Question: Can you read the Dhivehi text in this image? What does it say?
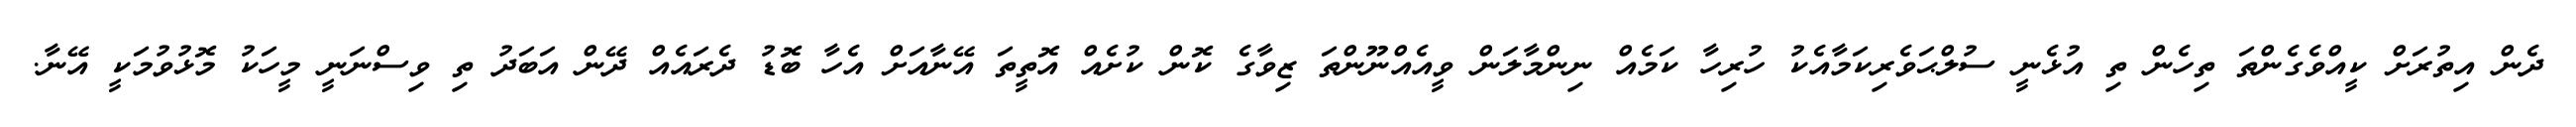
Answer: ދެން އިތުރަށް ކީއްވެގެންތަ ތިހެން ތި އުޅެނީ ސުލްޙަވެރިކަމާއެކު ހުރިހާ ކަމެއް ނިންމާލަން ވީއެއްނޫންތަ ޒިވާގެ ކޮން ކުށެއް އޮތީތަ އޭނާއަށް އެހާ ބޮޑު ދެރައެއް ދޭން އަބަދު ތި ވިސްނަނީ މީހަކު މޮޅުވުމަކީ އޭނާ.